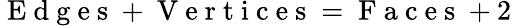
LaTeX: \mathrm{~E~d~g~e~s~}+\mathrm{~V~e~r~t~i~c~e~s~}=\mathrm{~F~a~c~e~s~}+2